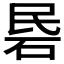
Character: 𰦱